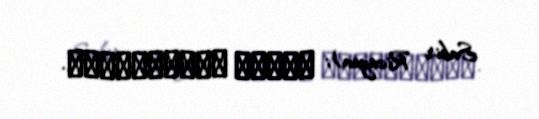
Sabir Rizayev); Արշակ Բուրջալյան.